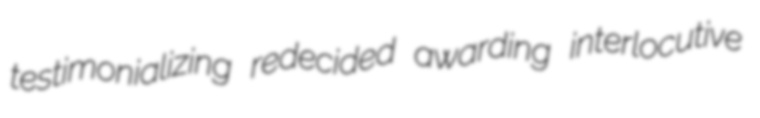
testimonializing redecided awarding interlocutive